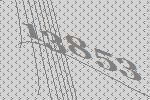
13853